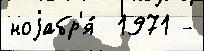
ноjабр'я́  1971 -